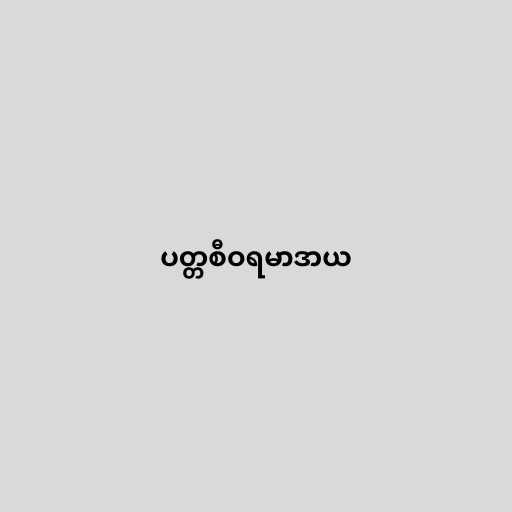
ပတ္တစီဝရမာဒာယ